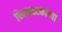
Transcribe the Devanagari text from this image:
विषयघटकांच्या